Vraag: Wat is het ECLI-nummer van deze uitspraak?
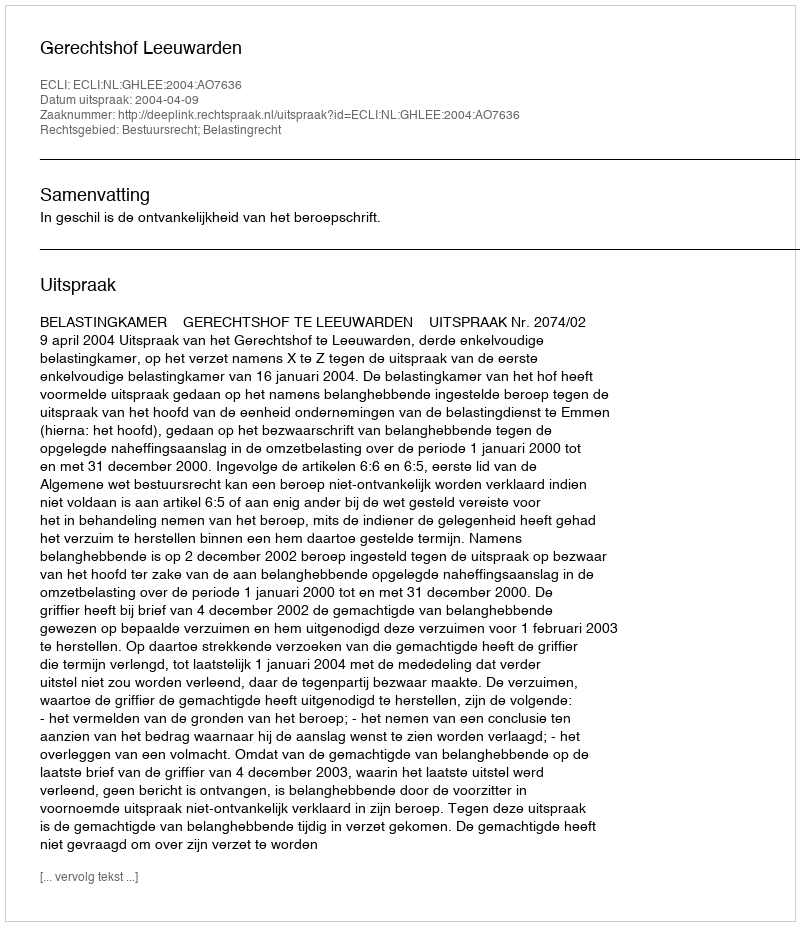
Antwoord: ECLI:NL:GHLEE:2004:AO7636